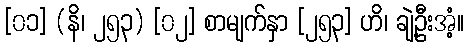
[၀၁] (နိ၊ ၂၅၃) [၀၂] စာမျက်နှာ [၂၅၃] ဟိ၊ ချဲ့ဦးအံ့။